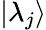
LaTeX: |\lambda_{j}\rangle